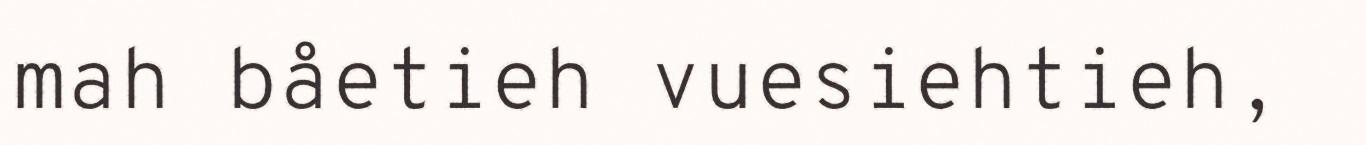
mah båetieh vuesiehtieh,